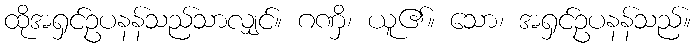
ထိုအရှင်ဥပနန်သည်သာလျှင်။ ဂဏှိ၊ ယူ၏။ သော၊ အရှင်ဥပနန်သည်။